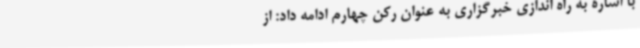
با اشاره به راه اندازی خبرگزاری به عنوان رکن چهارم ادامه داد: از